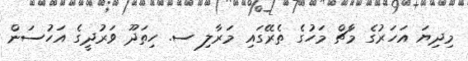
މިދިޔަ އަހަރުގެ މާޗް މަހުގެ ތެރޭގައި މަރާލި ސ. ހިތަދޫ ވަރުދީގެ އަހުސަން